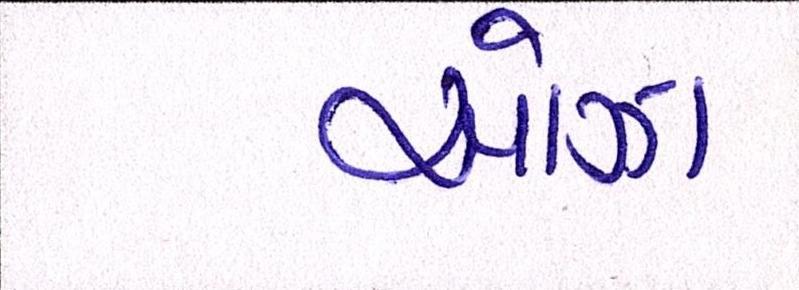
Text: ઓઝા